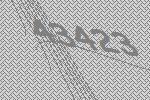
43423